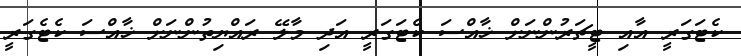
ކެޓަގަރީ އާއި ޓީޗަރުންނަށް ޚާއްސަ ކެޓަގަރީ އަދި މާލޭ ރައްޔިތުންނަށް ޚާއްސަ ކެޓެގަރީ